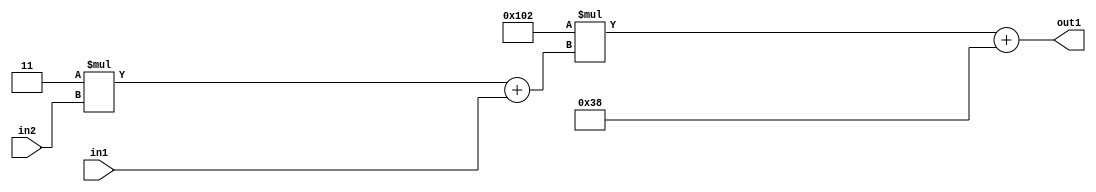
`timescale 1ps / 1ps
/*****************************************************************************
    Verilog RTL Description
    
    
    Created by: Stratus DpOpt 2019.1.01 
*******************************************************************************/

module DC_Filter_Add2i56Mul2i258Add2u1Mul2i3u2_4 (
	in2,
	in1,
	out1
	); /* architecture "behavioural" */ 
input [1:0] in2;
input  in1;
output [11:0] out1;
wire [11:0] asc001;
wire [3:0] asc002;

wire [3:0] asc002_tmp_0;
assign asc002_tmp_0 = 
	+(4'B0011 * in2);
assign asc002 = asc002_tmp_0
	+(in1);

wire [11:0] asc001_tmp_1;
assign asc001_tmp_1 = 
	+(12'B000100000010 * asc002);
assign asc001 = asc001_tmp_1
	+(12'B000000111000);

assign out1 = asc001;
endmodule

/* CADENCE  v7b0SAs= : u9/ySgnWtBlWxVPRXgAZ4Og= ** DO NOT EDIT THIS LINE ******/